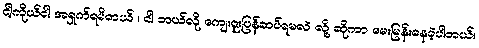
ငါ့ကိုယ်ငါ အရှက်ရမိတယ် ၊ ငါ ဘယ်လို ကျေးဇူးပြန်ဆပ်ရမလဲ လို့ ဆိုကာ မေးမြန်းနေခဲ့ပါတယ်။